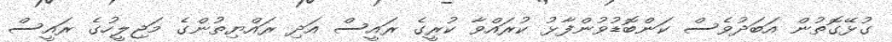
ގުޅޭގޮތުން އަބަދުވެސް ކަންބޮޑުވުންފާޅު ކުރައްވާ ކުރީގެ ރައީސް އަދި ރައްޔިތުންގެ މަޖިލީހުގެ ރައީސް